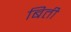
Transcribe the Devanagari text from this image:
बिती